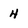
Character: 4